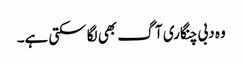
وہ دبی چنگاری آگ بھی لگا سکتی ہے۔